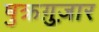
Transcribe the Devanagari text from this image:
षुक्रग़ुज़ार